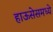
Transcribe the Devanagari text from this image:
हाऊसेसमध्ये